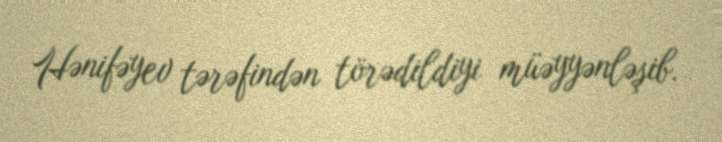
Hənifəyev tərəfindən törədildiyi müəyyənləşib.